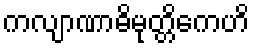
ကလျာဏာဓိမုတ္တိကေဟိ